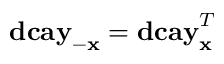
\mathbf { d c a y } _ { - \mathbf { x } } = \mathbf { d c a y } _ { \mathbf { x } } ^ { T }